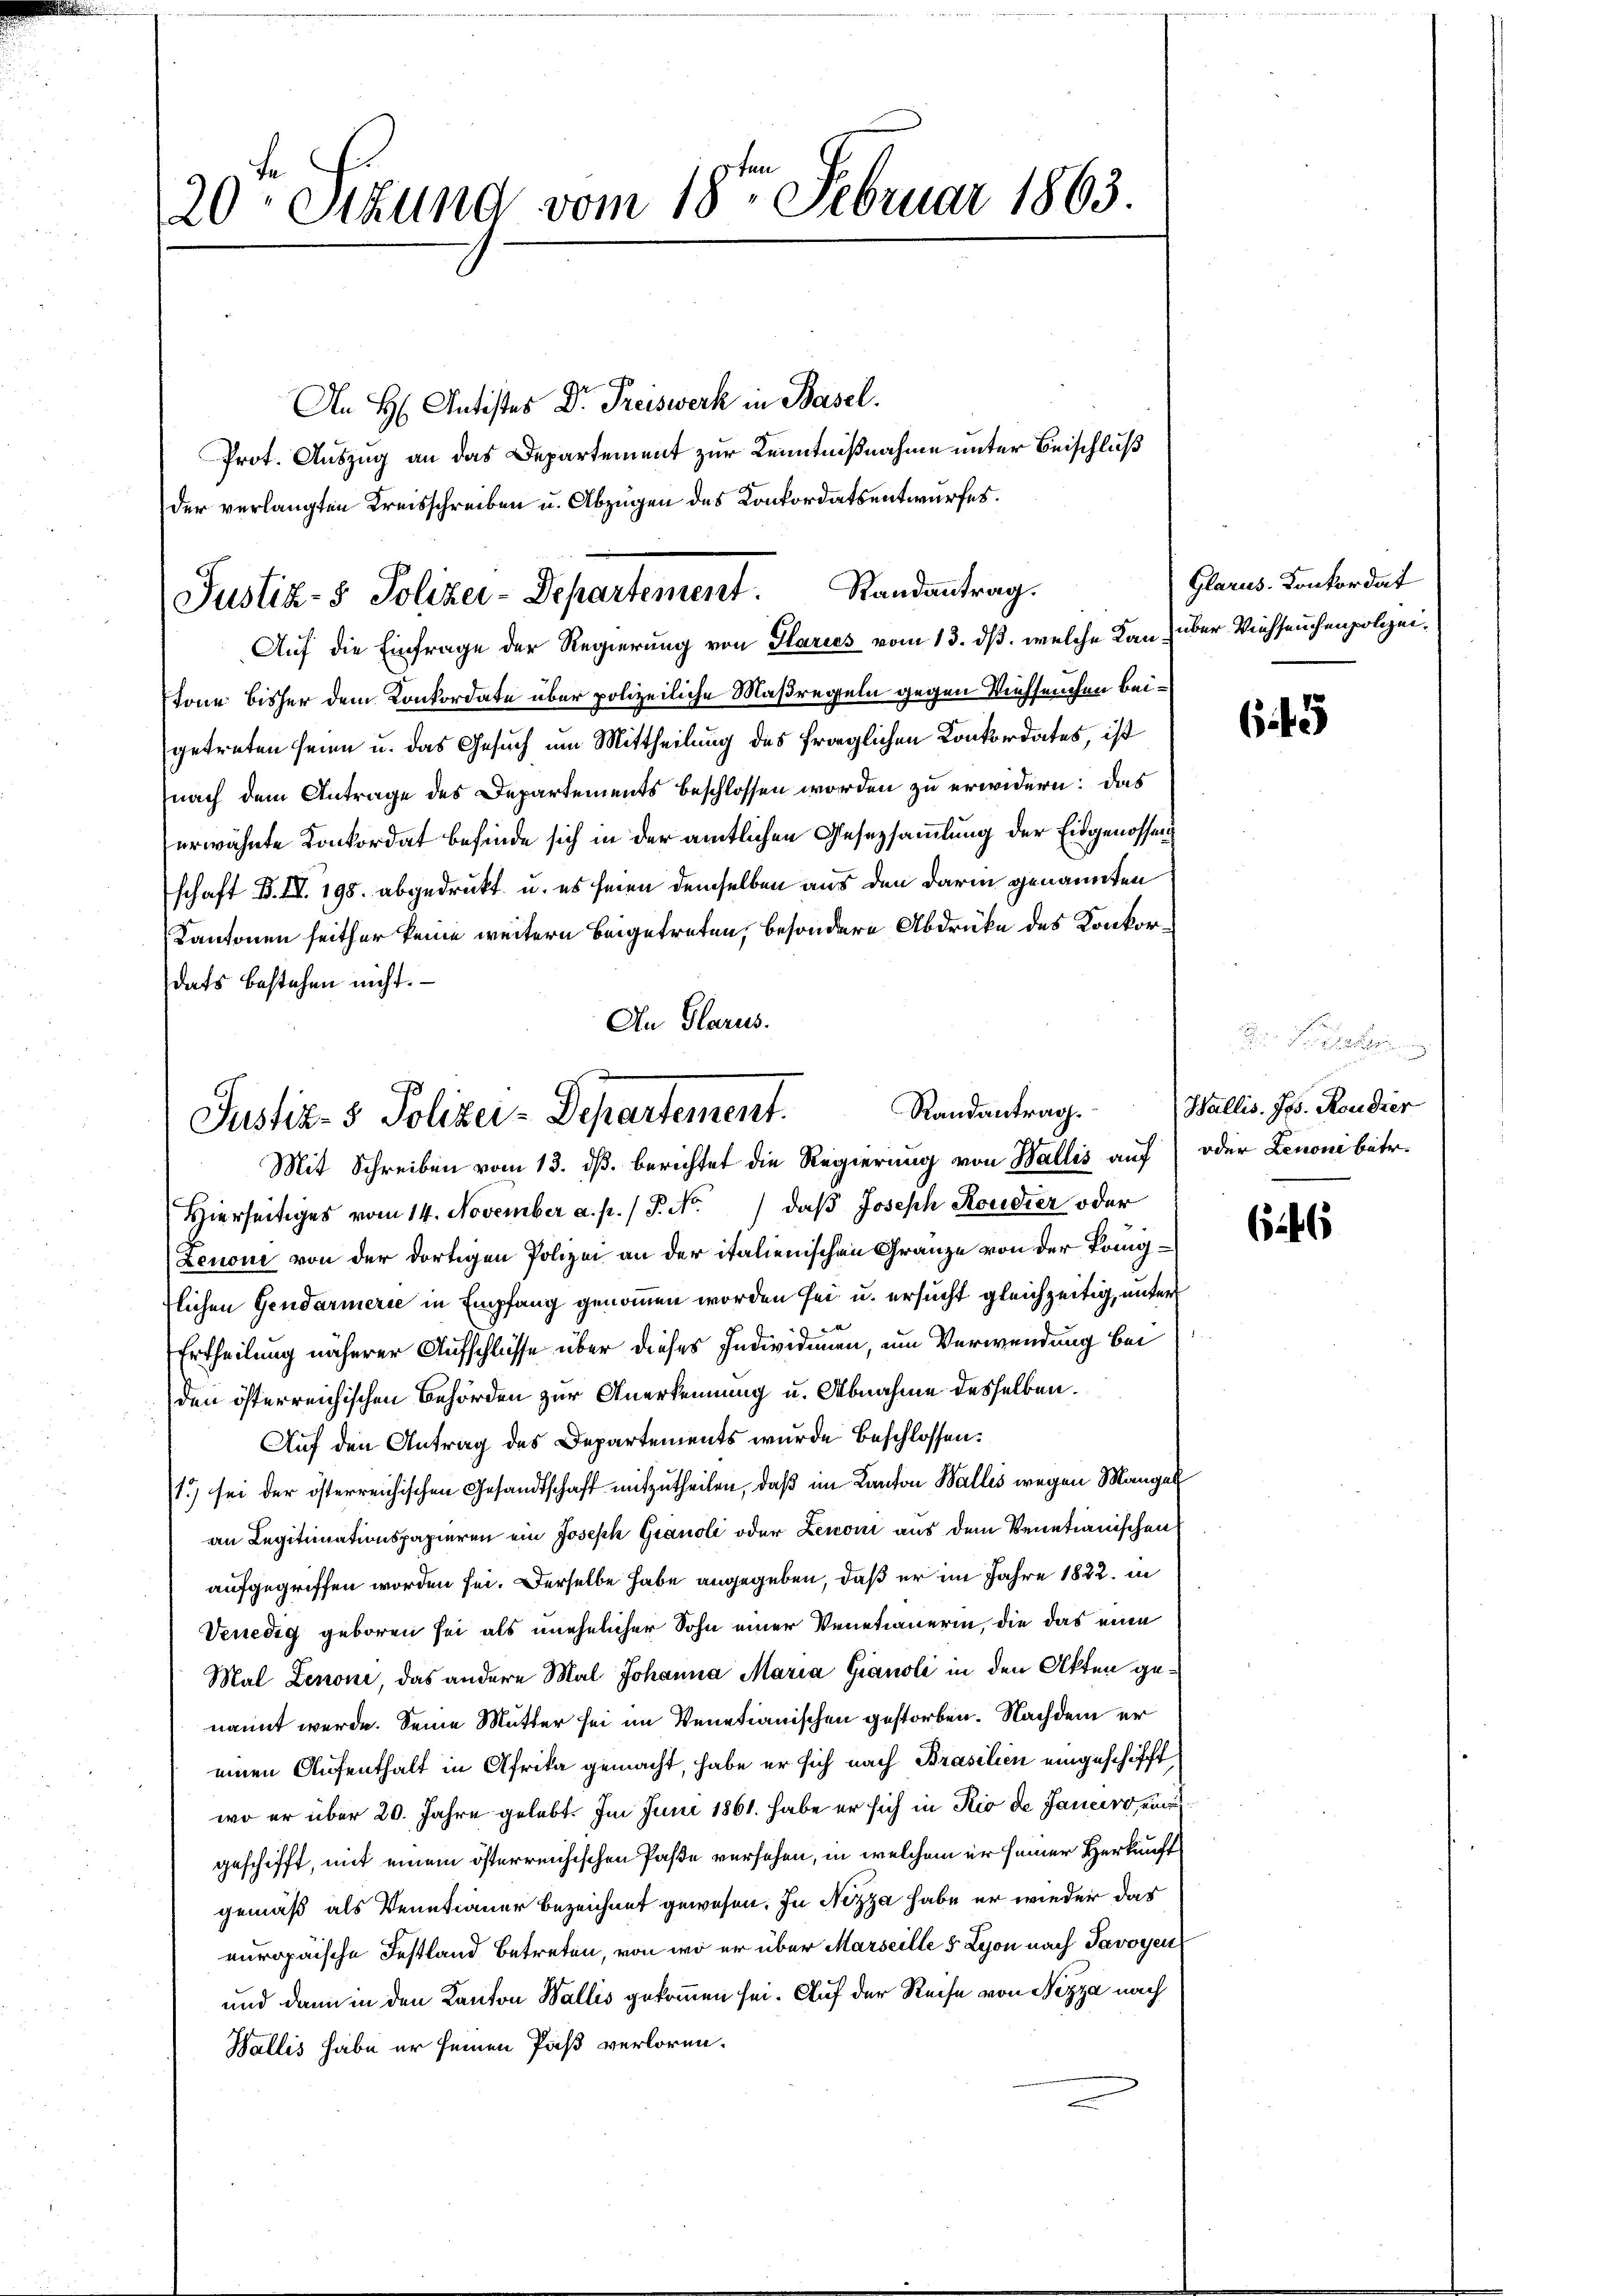
20ten Sitzung vom 18ten Februar 1863.

An H: Antistes Dr. Preiswerk in Basel.
Prot. Auszug an das Departement zur Kenntnißnahme unter Beischluß
der verlangten Kreisschreiben u. Abzügen des Konkordatsentwurfes.

Justiz- & Polizei-Departement. Randantrag.

Auf die Einfrage der Regierung von Glarios vom 13. ds. welche Kan über Viehseuchenpolizeistone bisher dem Konkordate über polizeiliche Maßregeln gegen Viehseuchen beigetreten seien u. das Gesuch um Mittheilung des fraglichen Konkordates, ist
nach dem Antrage des Departements beschlossen worden zu erwidern: das
erwähnte Konkordat befinde sich in der amtlichen Gesezsammlung der Eidgenossen
schaft B. II. 198. abgedrukt u. es seien demselben aus den darin genannten
Kantonen seither keine weitern beigetreten, besondere Abdrücke des Konkordats bestehen nicht.
An Glarus.

Randantrag.
Justiz- & Polizei-Departement.
Mit Schreiben vom 13. dß. berichtet die Regierung von Wallis auf oder Lenoni betr.

Hierseitiges vom 14. November a. p. / P. Nr. 1 daβ Joseph Roudier oder
Lenone von der dortigen Polizei an der italienischen Gränze von der Königflichen Gendarmerie in Empfang genommen worden sei u. ersucht gleichzeitig, untere
Ertheilung näherer Aufschlüsse über dieses Individuen, um Verwendung bei
den österreichischen Behörden zur Anerkennung u. Abnahme desselben.
Auf den Antrag des Departements wurde beschlossen:
1.) sei der österreichischen Gesandtschaft mitzutheilen, daβ im Kanton Wallis wegen Mangel
an Legitimationspapieren ein Joseph Granoli oder Lenoni aus dem Venetianischen
aufgegriffen worden sei. Derselbe habe angegeben, daß er im Jahre 1822. in
Venedig geboren sei als unehelicher Sohn einer Venetianerin, die das eine
Mal Zenoni, das andere Mal Johanna Maria Grandle in den Akten genannt werde. Seine Mutter sei im Venetianischen gestorben. Nachdem er
einen Aufenthalt in Afrika gemacht, habe er sich nach Brasilien eingeschifft,
wo er über 20. Jahre gelebt. Im Juni 1861. habe er sich in Rio de Janeiro eine
geschifft, mit einem österreichischen Paße versehen, in welchem er seiner Herkunft
gemäß als Venetrauer bezeichnet gewesen. In Nizza habe er wieder das
europaische Festland betreten, von wo er über Marseille 5 Lyon nach Savoyen
und dann in den Kanton Wallis gekommen sei. Auf der Reise von Nizza nach
Wallis habe er seinen Päß verloren.

Glarus. Konkordat

645

Sie un
Wallis. Jos. Roudier

646